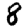
Digit: 8